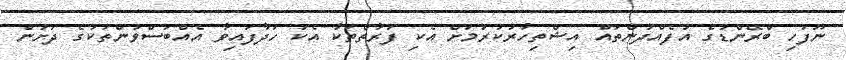
ނޫފަހި ބްރޭންޑުގެ އުފެއްދުންތައް އިޝްތިހާރުކުރުމަށް އެކި ފަރާތްތަކާ އެކު ހަދާފައިވާ އެއްބަސްވުންތަކުގެ ދަށުން